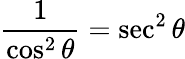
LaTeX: {\frac{1}{\cos^{2}\theta}}=\sec^{2}\theta